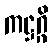
ကဋ္ဌဂ္ဂိ